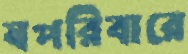
স্বপরিবারে